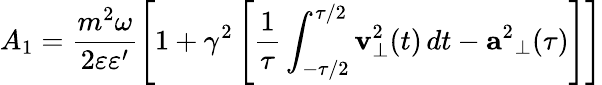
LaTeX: A_{1}=\frac{m^{2}\omega}{2\varepsilon\varepsilon^{\prime}}\left[1+\gamma^{2}\left[\frac{1}{\tau}\int_{-\tau/2}^{\tau/2}{\mathbf{v}}_{\perp}^{2}(t)\, dt-{\mathbf{a}^{2}}_{\perp}(\tau)\right]\right]